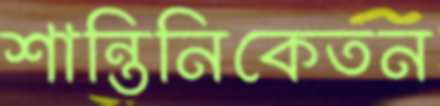
শান্তিনিকেতন